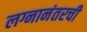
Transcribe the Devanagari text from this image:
लग्नानंतरची